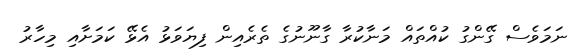
ނަމަވެސް ގޭންގު ކުއްތައް މަނާކުރާ ގާނޫނުގެ ތެރެއިން ފިޔަވަޅު އެޅޭ ކަމަށާއި މިހާރު